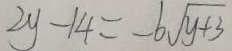
2 y - 1 4 = - 6 \sqrt { y + 3 }